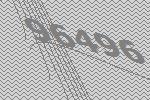
96496